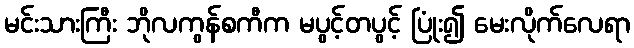
မင်းသားကြီး ဘိုလကွန်စကီက မပွင့်တပွင့် ပြုံး၍ မေးလိုက်လေရာ